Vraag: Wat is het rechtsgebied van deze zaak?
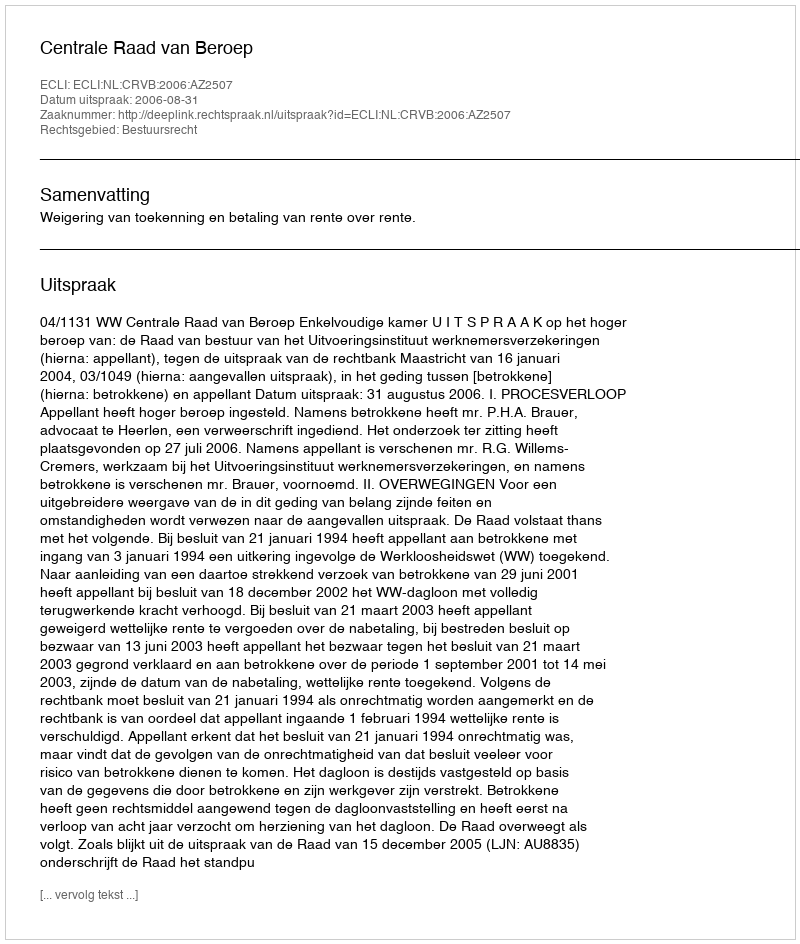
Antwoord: Bestuursrecht